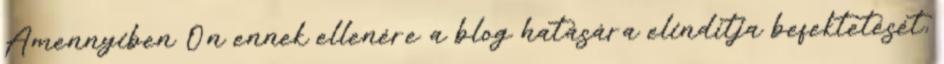
Amennyiben Ön ennek ellenére a blog hatására elindítja befektetését,